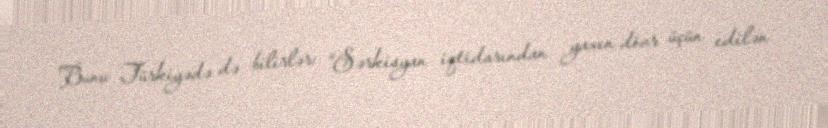
Bunu Türkiyədə də bilirlər: “Sərkisyan iqtidarından yaxın dövr üçün edilən